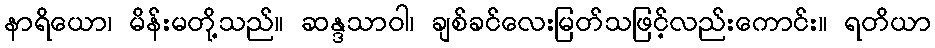
နာရိယော၊ မိန်းမတို့သည်။ ဆန္ဒသာဝါ၊ ချစ်ခင်လေးမြတ်သဖြင့်လည်းကောင်း။ ရတိယာ